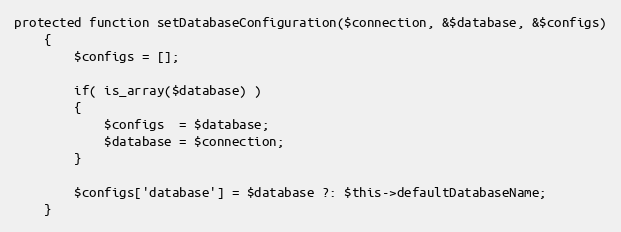
Language: PHP
protected function setDatabaseConfiguration($connection, &$database, &$configs)
    {
        $configs = [];

        if( is_array($database) )
        {
            $configs  = $database;
            $database = $connection;
        }

        $configs['database'] = $database ?: $this->defaultDatabaseName;
    }